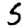
Digit: 5